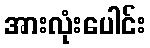
အားလုံးပေါင်း